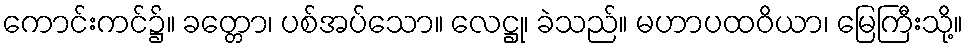
ကောင်းကင်၌။ ခတ္တော၊ ပစ်အပ်သော။ လေဋ္ဌု၊ ခဲသည်။ မဟာပထဝိယာ၊ မြေကြီးသို့။